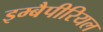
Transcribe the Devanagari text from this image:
इम्बैपीरियल